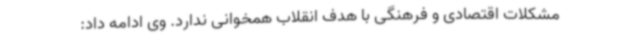
مشکلات اقتصادی و فرهنگی با هدف انقلاب همخوانی ندارد. وی ادامه داد: